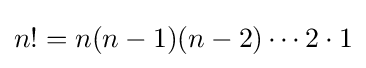
n!=n(n-1)(n-2)\cdots 2\cdot 1